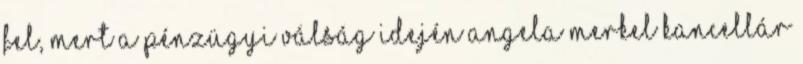
fel, mert a pénzügyi válság idején Angela Merkel kancellár